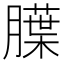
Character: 𬛚